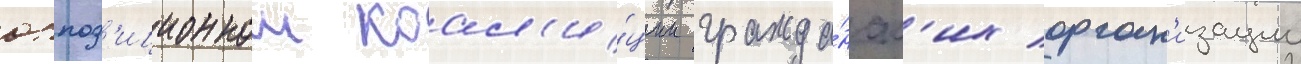
оппоз'иционнои коал'и́ции гражда́нск'их орган'изации